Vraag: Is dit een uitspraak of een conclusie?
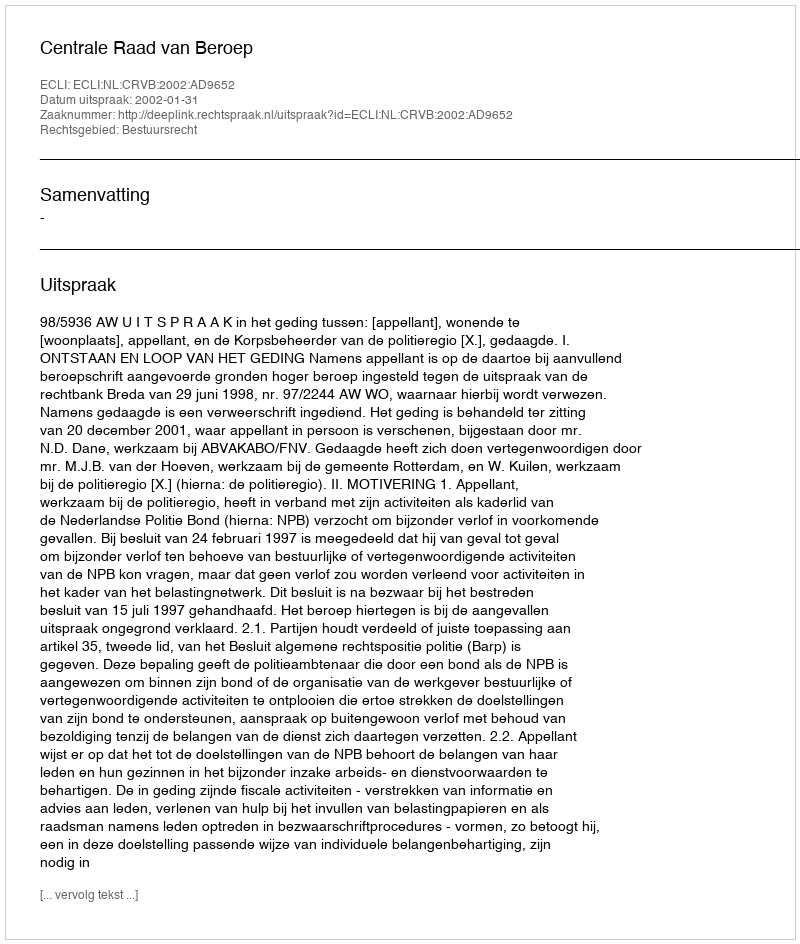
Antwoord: Uitspraak